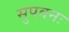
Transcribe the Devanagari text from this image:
सुपवनः